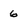
Character: 6